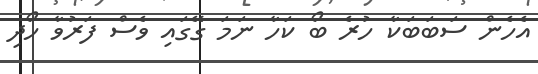
އެހެން ސަބަބަކާ ހުރެ ބޯ ކަހާ ނަމަ ގޭގައި ވެސް ފަރުވާ ހޯދި